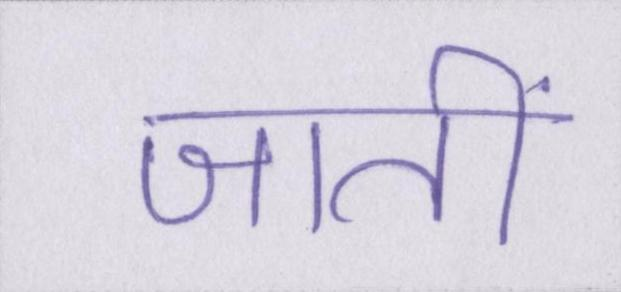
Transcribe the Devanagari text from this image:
जातीं